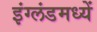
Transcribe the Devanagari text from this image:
इंग्लंडमध्यें